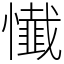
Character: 懴